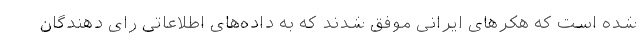
شده است که هکرهای ایرانی موفق شدند که به داده‌های اطلاعاتی رای دهندگان